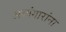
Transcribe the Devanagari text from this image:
अय्यंगारांना